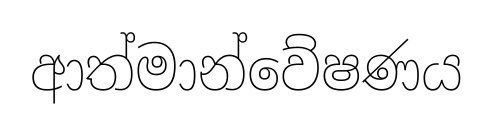
ආත්මාන්වේෂණය